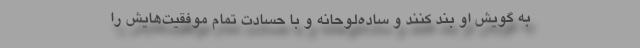
به گویش او بند کنند و ساده‌لوحانه و با حسادت تمام موفقیت‌هایش را